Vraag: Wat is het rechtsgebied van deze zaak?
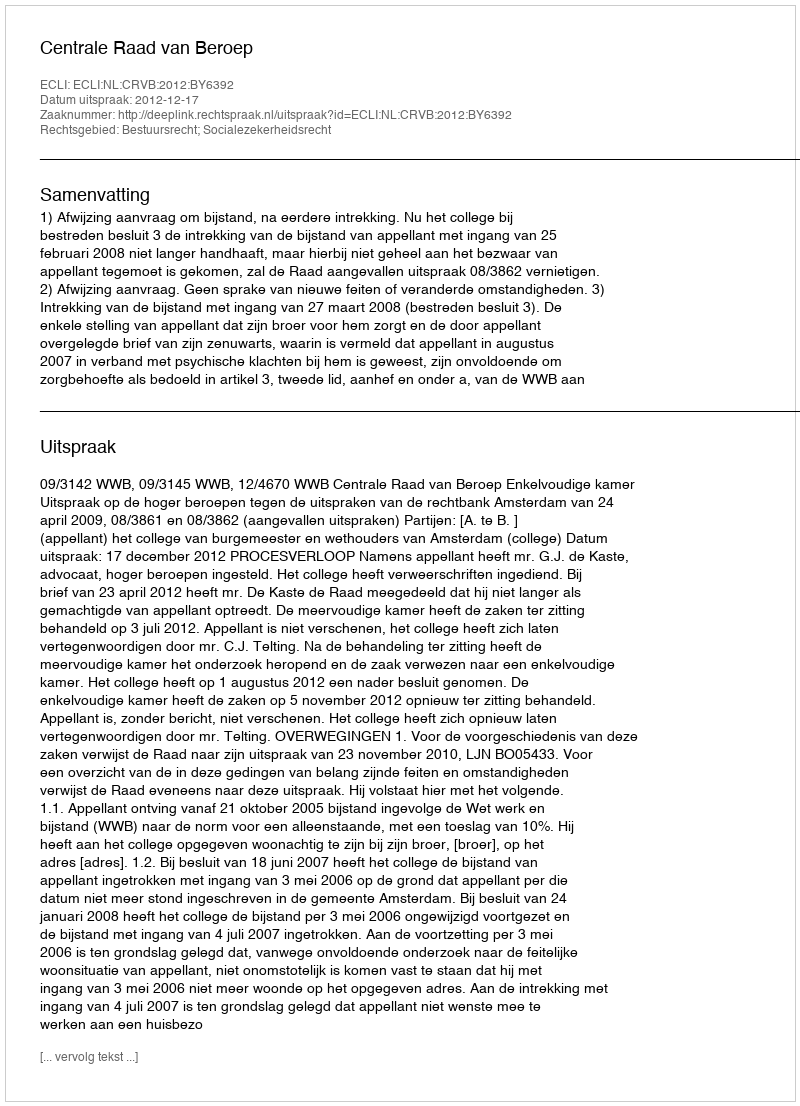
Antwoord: Bestuursrecht; Socialezekerheidsrecht